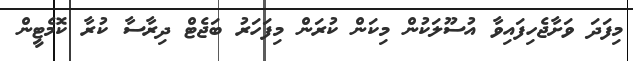
މިފަދަ ވަށާޖެހިފައިވާ އުސޫލަކުން މިކަން ކުރަން މިފަހަރު ބަޖެޓް ދިރާސާ ކުރާ ކޮމެޓީން